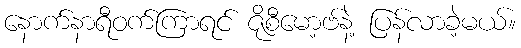
နောက်နာရီဝက်ကြာရင် ဇိုစီမော့ဗ်နဲ့ ပြန်လာခဲ့မယ်။